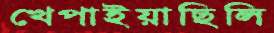
খেপাইয়াছিলি